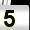
Digit: 5